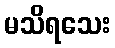
မသိရသေး